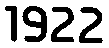
1922